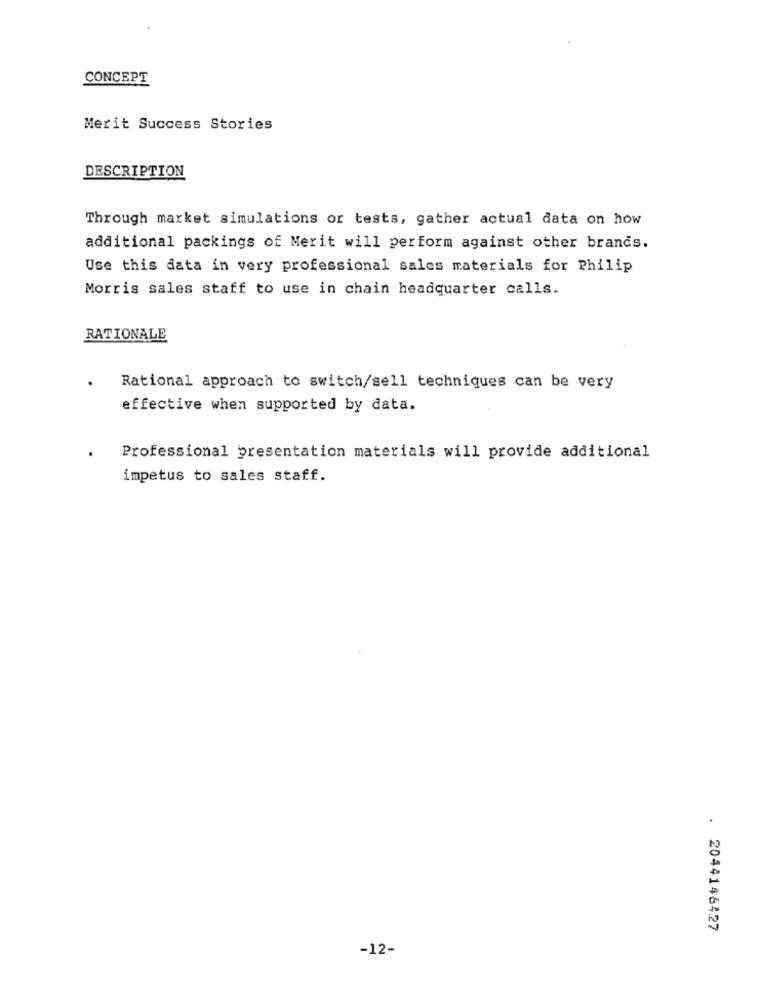
CONCEPT
Merit Success Stories
DESCRIPTION
Through market simulations or tests, gather actual data on how
additional packings of Merit will perform against other brands.
Use this data in very professional sales materials for Philip
Morris sales staff to use in chain headquarter calls.
RATIONALE
Rational approach to switch/sell techniques can be very
effective when supported by data.
Professional presentation materials will provide additional
impetus to sales staff.
. 2044146427
-12-